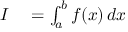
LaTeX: \begin{array} { r l } { I } & { { } = \int _ { a } ^ { b } f ( x ) \, d x } \end{array}